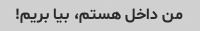
من داخل هستم، بیا بریم!